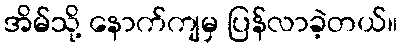
အိမ်သို့ နောက်ကျမှ ပြန်လာခဲ့တယ်။